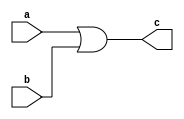
`timescale 1ns / 1ps
//////////////////////////////////////////////////////////////////////////////////
// Company: 
// 
// Design Name: Structural Design of 4 to 2 priority Encoder
// Module Name: pri_encode_42
// Project Name: 
// Target Devices: 
// Tool Versions: 
// Description: 
// 
// Dependencies: 
// 
// Revision:
// Revision 0.01 - File Created
// Additional Comments:
// 
//////////////////////////////////////////////////////////////////////////////////
module or_gate(c,a,b);
    input a,b;
    output c;
    assign c = a|b;
endmodule

module not_gate(f,e);
    input e;
    output f; 
    assign f = ~e;
endmodule

module and_gate(z,x,y); 
    input x,y; 
    output z; 
    assign z = x & y;
endmodule

module pri_encode_42(I, Y, V);
    input [3:0]I;
    output [1:0]Y;
    output V;
    
    not_gate u1(.f(I2bar),.e(I[2]));
    and_gate u2(.z(w1),.x(I2bar),.y(I[1]));
    or_gate u3(.c(Y[1]),.a(I[3]),.b(I[2]));
    or_gate u4(.c(Y[0]),.a(I[3]),.b(w1));
    
    assign V = I[3] | I[2] | I[1] | I[0];
endmodule